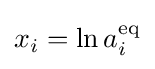
x_{i}=\ln a_{i}^{\rm {eq}}